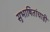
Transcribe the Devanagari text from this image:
सुभाषितांचाही